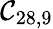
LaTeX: \mathcal{C}_{28,9}